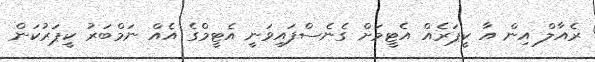
ރެއާލް އިން އާ ކީޕަރެއް އެޓީމަށް ގެނެސްފައިވަނީ އެޓީމްގެ އެއް ނަމްބަރު ކީޕަރުކަން